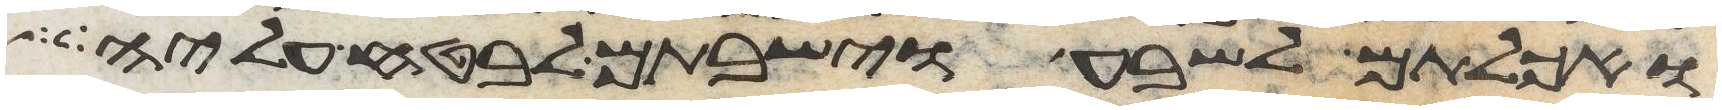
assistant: ואכלתם לשבע וישבתם לבטח עליה